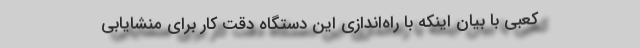
کعبی با بیان اینکه با راه‌اندازی این دستگاه دقت کار برای منشایابی